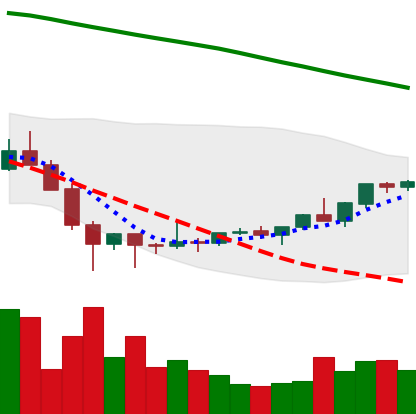
Ticker: ETC-USD
Chart end date: 2022-02-06
Forward return: 9.386%
Label: up_7plus